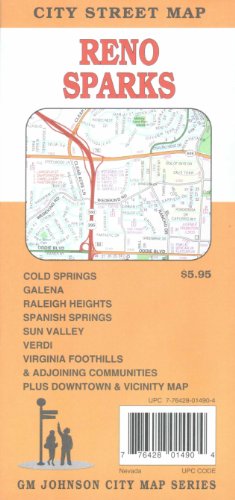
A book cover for Reno Sparks (Nevada) GMJ; Gmj; Travel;